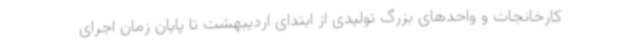
کارخانجات و واحدهای بزرگ تولیدی از ابتدای اردیبهشت تا پایان زمان اجرای